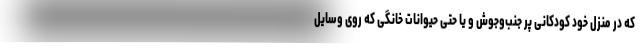
که در منزل خود کودکانی پر جنب‌وجوش و یا حتی حیوانات خانگی که روی وسایل